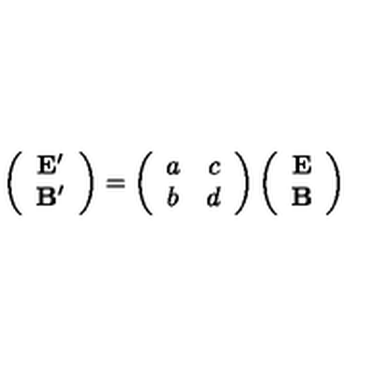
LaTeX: \left( \begin{array} { c } { { \mathbf { E } ^ { \prime } } } \\ { \mathbf { B } ^ { \prime } } \\ \end{array} \right) = \left( \begin{array} { c c } { a } & { c } \\ { b } & { d } \\ \end{array} \right) \left( \begin{array} { c } { \mathbf { E } } \\ { \mathbf { B } } \\ \end{array} \right)